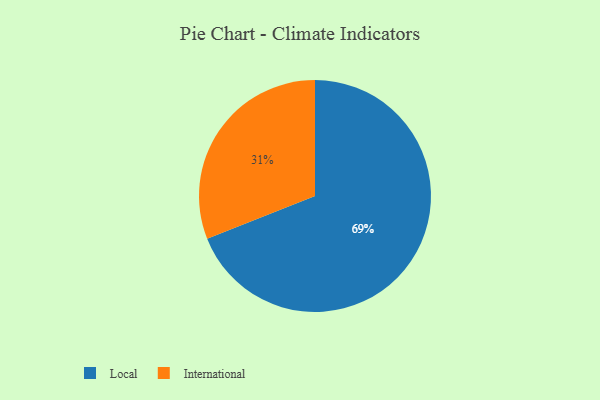
{"axis": {"x": "Category", "y": "Percentage"}, "legend": ["International", "Local"], "data": [{"x": "Local", "y": 69, "type": "Local"}, {"x": "International", "y": 31, "type": "International"}]}